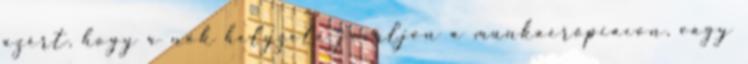
azért, hogy a nők helyzete javuljon a munkaerőpiacon, vagy